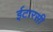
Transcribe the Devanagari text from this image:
ईटारसी